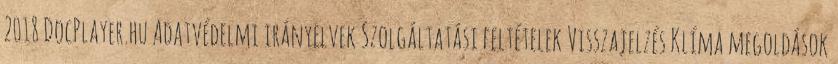
2018 DocPlayer.hu Adatvédelmi irányelvek Szolgáltatási feltételek Visszajelzés Klíma megoldások